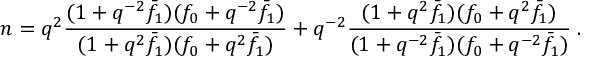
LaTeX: n = q ^ { 2 } \frac { ( 1 + q ^ { - 2 } \bar { f } _ { 1 } ) ( f _ { 0 } + q ^ { - 2 } \bar { f } _ { 1 } ) } { ( 1 + q ^ { 2 } \bar { f } _ { 1 } ) ( f _ { 0 } + q ^ { 2 } \bar { f } _ { 1 } ) } + q ^ { - 2 } \frac { ( 1 + q ^ { 2 } \bar { f } _ { 1 } ) ( f _ { 0 } + q ^ { 2 } \bar { f } _ { 1 } ) } { ( 1 + q ^ { - 2 } \bar { f } _ { 1 } ) ( f _ { 0 } + q ^ { - 2 } \bar { f } _ { 1 } ) } \; .